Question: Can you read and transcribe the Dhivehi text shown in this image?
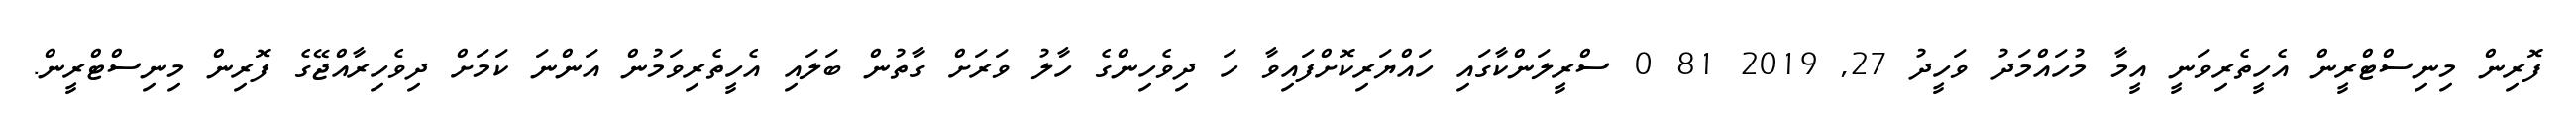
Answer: ފޮރިން މިނިސްޓްރީން އެހީތެރިވަނީ އީމާ މުހައްމަދު ވަހީދު 27, 2019 81 0 ސްރީލަންކާގައި ހައްޔަރިކޮށްފައިވާ ހަ ދިވެހިންގެ ހާލު ވަރަށް ގާތުން ބަލައި އެހީތެރިވަމުން އަންނަ ކަމަށް ދިވެހިރާއްޖޭގެ ފޮރިން މިނިސްޓްރީން.